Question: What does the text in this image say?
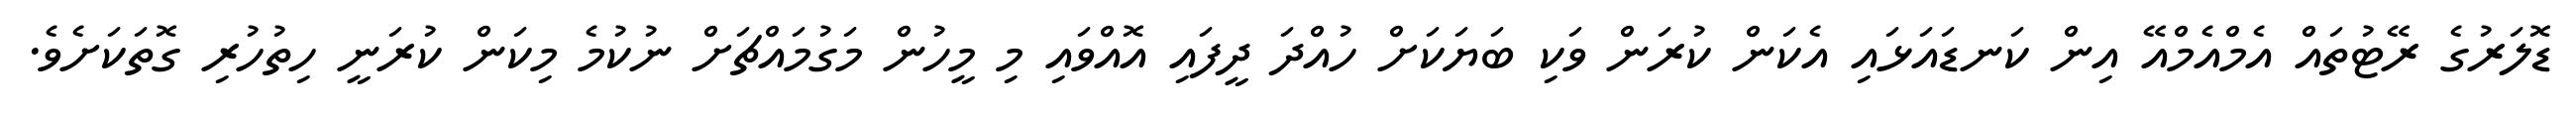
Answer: ޑޮލަރުގެ ރޭޓުތައް އެމްއެމްއޭ އިން ކަނޑައަޅައި އެކަން ކުރަން ވަކި ބަޔަކަށް ހުއްދަ ދީފައި އޮއްވައި މި މީހުން މަގުމައްޗަށް ނުކުމެ މިކަން ކުރަނީ ހިތުހުރި ގޮތަކަށެވެ.